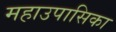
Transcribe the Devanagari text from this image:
महाउपासिका